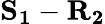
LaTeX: \mathbf{S_{1}}-\mathbf{R_{2}}